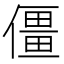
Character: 僵